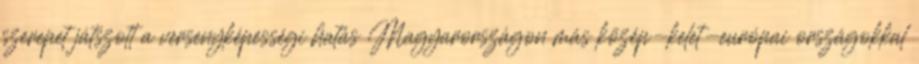
szerepet játszott a versenyképességi hatás Magyarországon más közép-kelet-európai országokkal